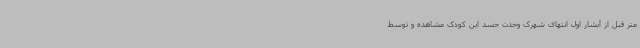
متر قبل از آبشار اول انتهای شهرک وحدت جسد این کودک مشاهده و توسط